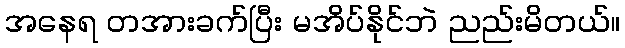
အနေရ တအားခက်ပြီး မအိပ်နိုင်ဘဲ ညည်းမိတယ်။